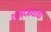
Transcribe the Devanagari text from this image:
शाब्दबंधाची